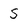
Character: S